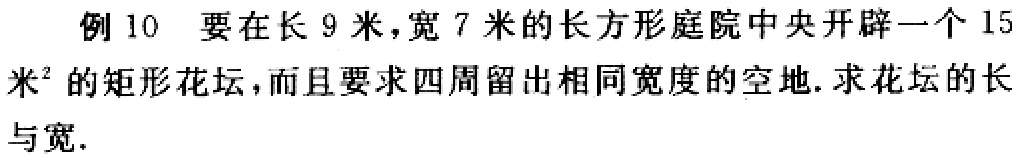
例 10 要在长 9 米，宽 7 米的长方形庭院中央开辟一个 15米²的矩形花坛，而且要求四周留出相同宽度的空地. 求花坛的长与宽.